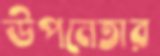
উপনেতার